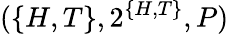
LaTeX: (\{ H,T\} ,2^{\{ H,T\} },P)